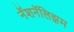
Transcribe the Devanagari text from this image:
नॅशनॅलिझम